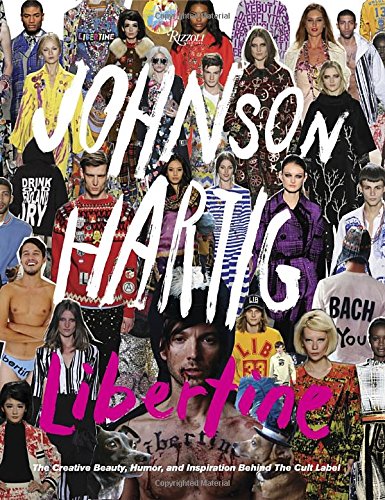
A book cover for Libertine: The Creative Beauty, Humor, and Inspiration Behind the Cult Label; Johnson Hartig; Arts & Photography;